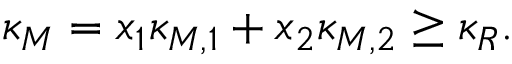
\kappa _ { M } = x _ { 1 } \kappa _ { M , 1 } + x _ { 2 } \kappa _ { M , 2 } \geq \kappa _ { R } .